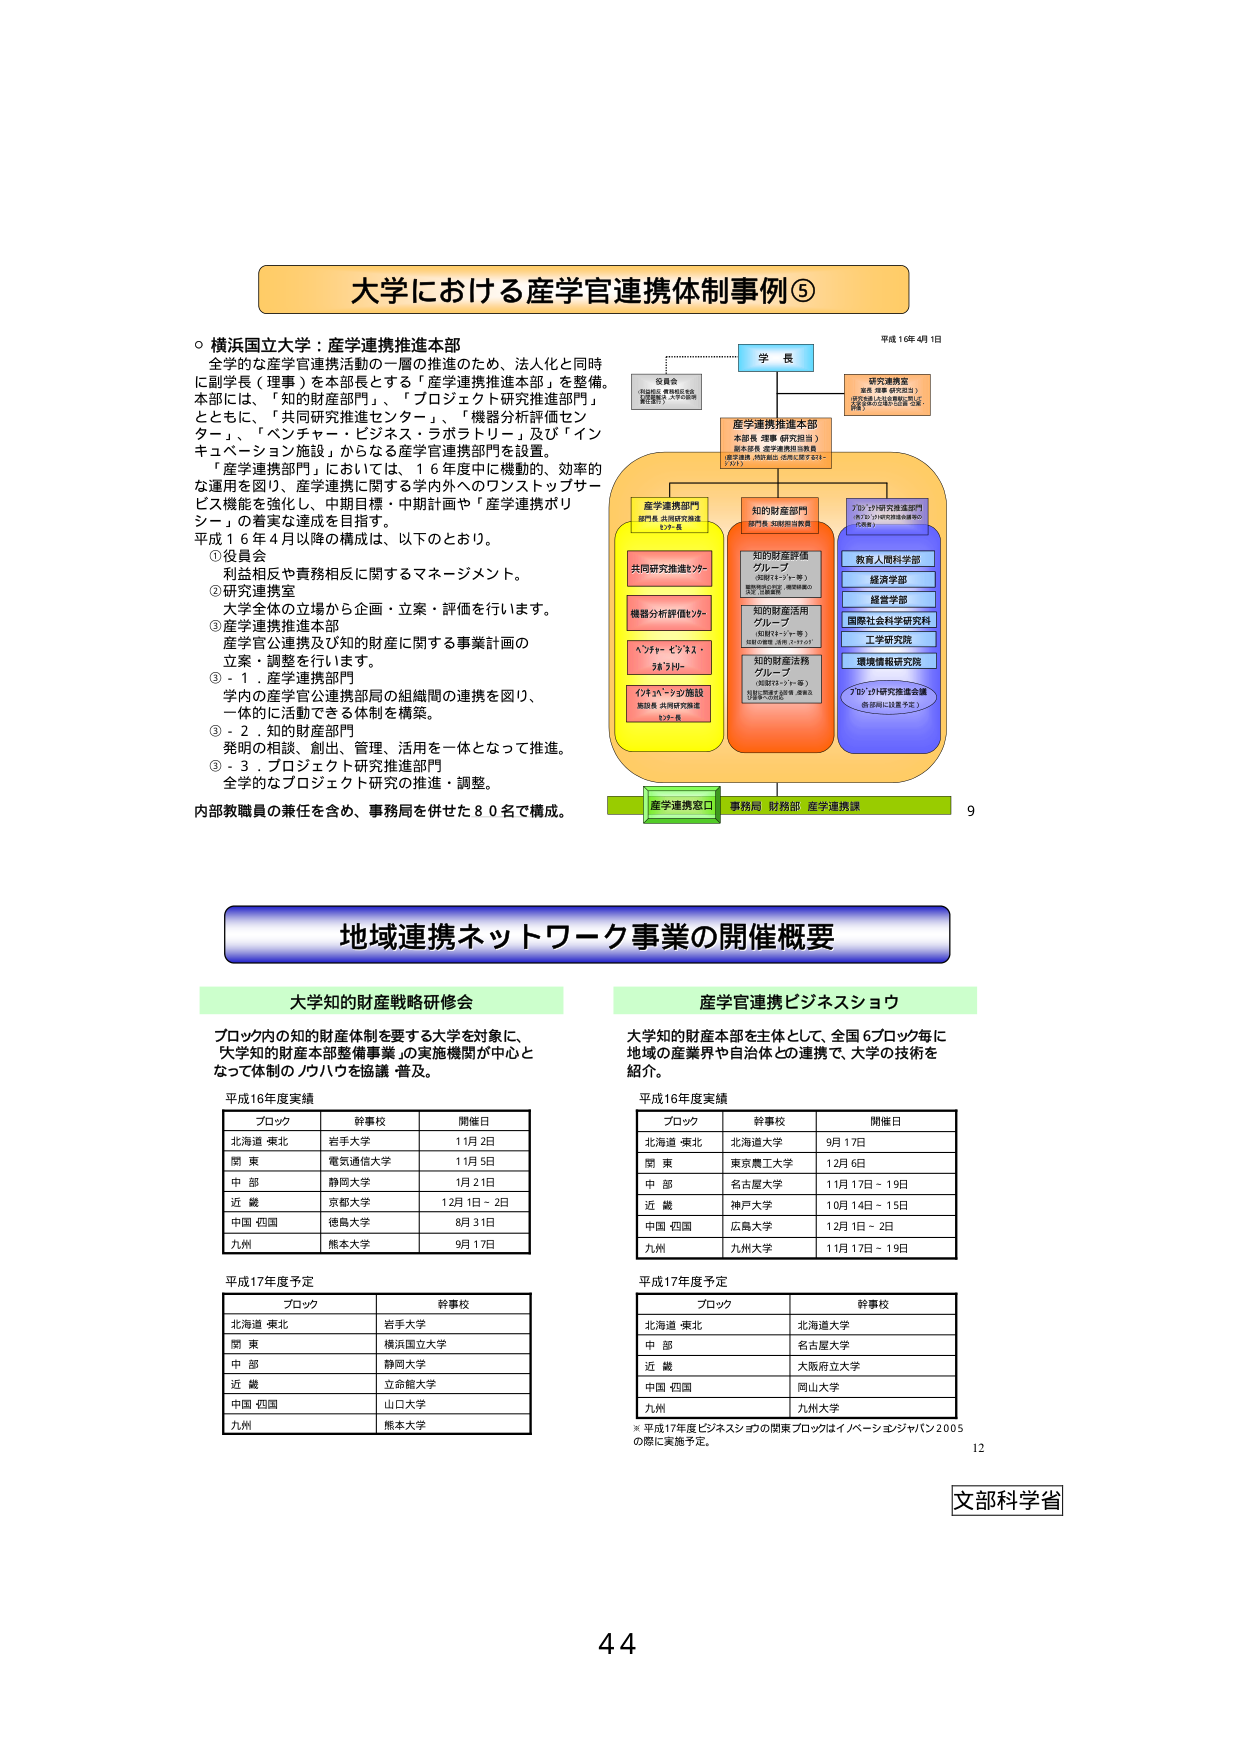
大学における産学官連携体制事例⑤

○横浜国立大学：産学連携推進本部
全学的な産学官連携活動の一層の推進のため、法人化と同時に副学長（理事）を本部長とする「産学連携推進本部」を整備。本部には、「知的財産部門」、「プロジェクト研究推進部門」とともに、「共同研究推進センター」、「機器分析評価センター」、「ベンチャー・ビジネス・ラボラトリー」及び「インキュベーション施設」からなる産学官連携部門を設置。
「産学連携部門」においては、16年度中に機動的、効率的な運用を図り、産学連携に関する学内外へのワンストップサービス機能を強化し、中期目標・中期計画や「産学連携ポリシー」の着実な達成を目指す。
平成16年4月以降の構成は、以下のとおり。
①役員会
利益相反や責務相反に関するマネージメント。
②研究連携室
大学全体の立場から企画・立案・評価を行います。
③産学連携推進本部
産学官連携及び知的財産に関する事業計画の立案・調整を行います。
③-1．産学連携部門
学内の産学官公連携部局の組織間の連携を図り、一体的に活動できる体制を構築。
③-2．知的財産部門
発明の相談、創出、管理、活用を一体となって推進。
③-3．プロジェクト研究推進部門
全学的なプロジェクト研究の推進・調整。
内部教職員の兼任を含め、事務局を併せた80名で構成。

平成16年4月1日

学長

役員会
（利益相反・責務相反委員会）
（副学長・理事・大学院長）

産学連携推進本部
本部長：副学長（理事）
副本部長：産学連携担当理事
（研究推進・技術移転・広報に関する担当）

研究連携室
室長：理事（研究担当）
（学内全学的な産学連携の企画・立案・評価）

産学連携部門
部門長：共同研究推進センター長

共同研究推進センター

機器分析評価センター

ベンチャー・ビジネス・ラボラトリー

インキュベーション施設
施設長：共同研究推進センター長

知的財産部門
部門長：知的財産担当理事

知的財産評価グループ
（知財マネージャー等）
（知財評価・技術移転・特許出願・知財戦略）

知的財産活用グループ
（知財マネージャー等）
（技術の開発・活用・ライセンス）

知的財産法務グループ
（知財マネージャー等）
（知財関連法務・契約・調査及び訴訟対応）

プロジェクト研究推進部門
部門長：プロジェクト研究推進会議の代表者

教育人間科学部

経済学部

経営学部

国際社会科学研究科

工学研究院

環境情報研究院

プロジェクト研究推進会議
（各部局に設置予定）

産学連携窓口 事務局 財務部 産学連携課

9

地域連携ネットワーク事業の開催概要

大学知的財産戦略研修会

ブロック内の知的財産体制を要する大学を対象に、
「大学知的財産本部整備事業」の実施機関が中心と
なって体制のノウハウを協議・普及。

平成16年度実績

ブロック 幹事校 開催日
北海道・東北 岩手大学 1月2日
関東 電気通信大学 1月5日
中部 静岡大学 1月21日
近畿 京都大学 12月1日～2日
中国・四国 徳島大学 8月31日
九州 熊本大学 9月17日

平成17年度予定

ブロック 幹事校
北海道・東北 岩手大学
関東 横浜国立大学
中部 静岡大学
近畿 立命館大学
中国・四国 山口大学
九州 熊本大学

産学官連携ビジネスショウ

大学知的財産本部を主体として、全国6ブロック毎に
地域の産業界や自治体との連携で、大学の技術を
紹介。

平成16年度実績

ブロック 幹事校 開催日
北海道・東北 北海道大学 9月17日
関東 東京農工大学 12月6日
中部 名古屋大学 11月17日～19日
近畿 神戸大学 10月14日～15日
中国・四国 広島大学 12月1日～2日
九州 九州大学 11月17日～19日

平成17年度予定

ブロック 幹事校
北海道・東北 北海道大学
中部 名古屋大学
近畿 大阪府立大学
中国・四国 岡山大学
九州 九州大学

※平成17年度ビジネスショウの関東ブロックはイノベーションジャパン2005の際に実施予定。

12

文部科学省

44